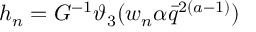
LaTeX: h _ { n } = G ^ { - 1 } \vartheta _ { 3 } ( w _ { n } \alpha \bar { q } ^ { 2 ( a - 1 ) } )